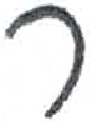
אות: ר